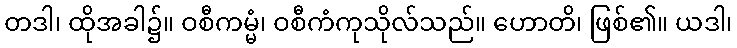
တဒါ၊ ထိုအခါ၌။ ဝစီကမ္မံ၊ ဝစီကံကုသိုလ်သည်။ ဟောတိ၊ ဖြစ်၏။ ယဒါ၊